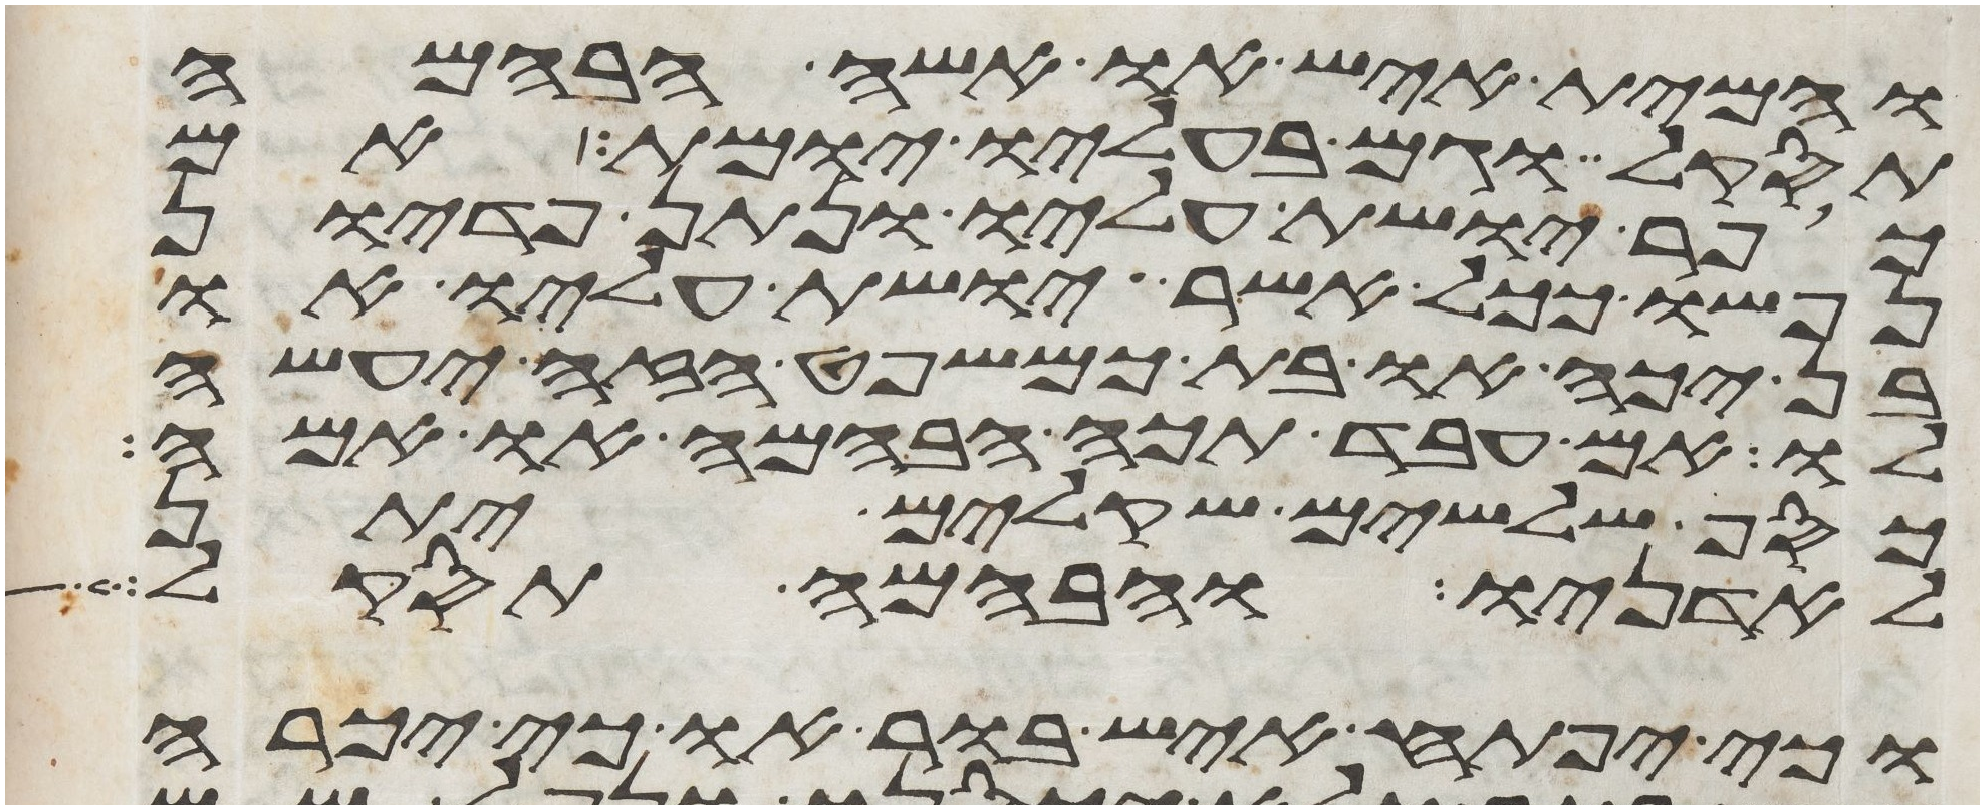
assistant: והמית איש או אשה הבהמה
תסקל וגם בעליו יומת אם
כופר יושת עליו ונתן פדיון
נפשו ככל אשר יושת עליו או
בן יכה או בת כמשפט הזה יעשה
לו אם עבד תכה הבהמה או אמה
כסף שלשים שקלים יתן
לאדניו והבהמה תסקל
וכי יפתח איש בור או כי יכרה